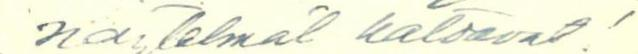
näytelmät katoavat!